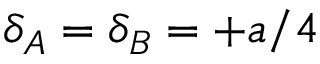
\delta _ { A } = \delta _ { B } = + a / 4